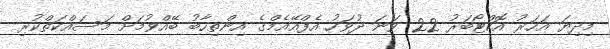
މިދިޔަ އަހަރު އޮކްޓޯބަރު 22 ވަނަ ދުވަހު އެފްއޭއެމްގެ އިންތިހާބު ބޭއްވުމަށް މަސައްކަތްކުރި